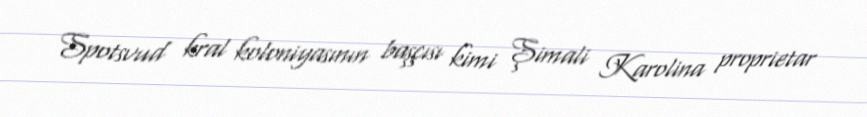
Spotsvud kral koloniyasının başçısı kimi Şimali Karolina proprietar